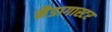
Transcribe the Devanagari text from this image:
मैडागास्टर